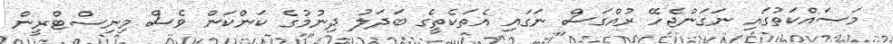
މަސައްކަތުގައި ނަގަންޖެހޭ ރުއްގަސް ނަގައި އެތަކެތީގެ ބަދަލު ދިނުމުގެ ކަންކަން ވެސް މިނިސްޓްރީން